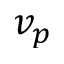
v _ { p }